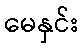
မေနှင်း